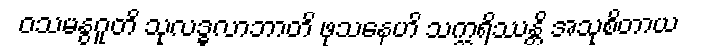
ဝသမနွဂူတိ သုလဒ္ဓလာဘာတိ ဖုသနေဟိ သက္ကရိဿန္တိ အသုစိတာယ